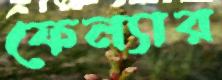
ফেন্যার